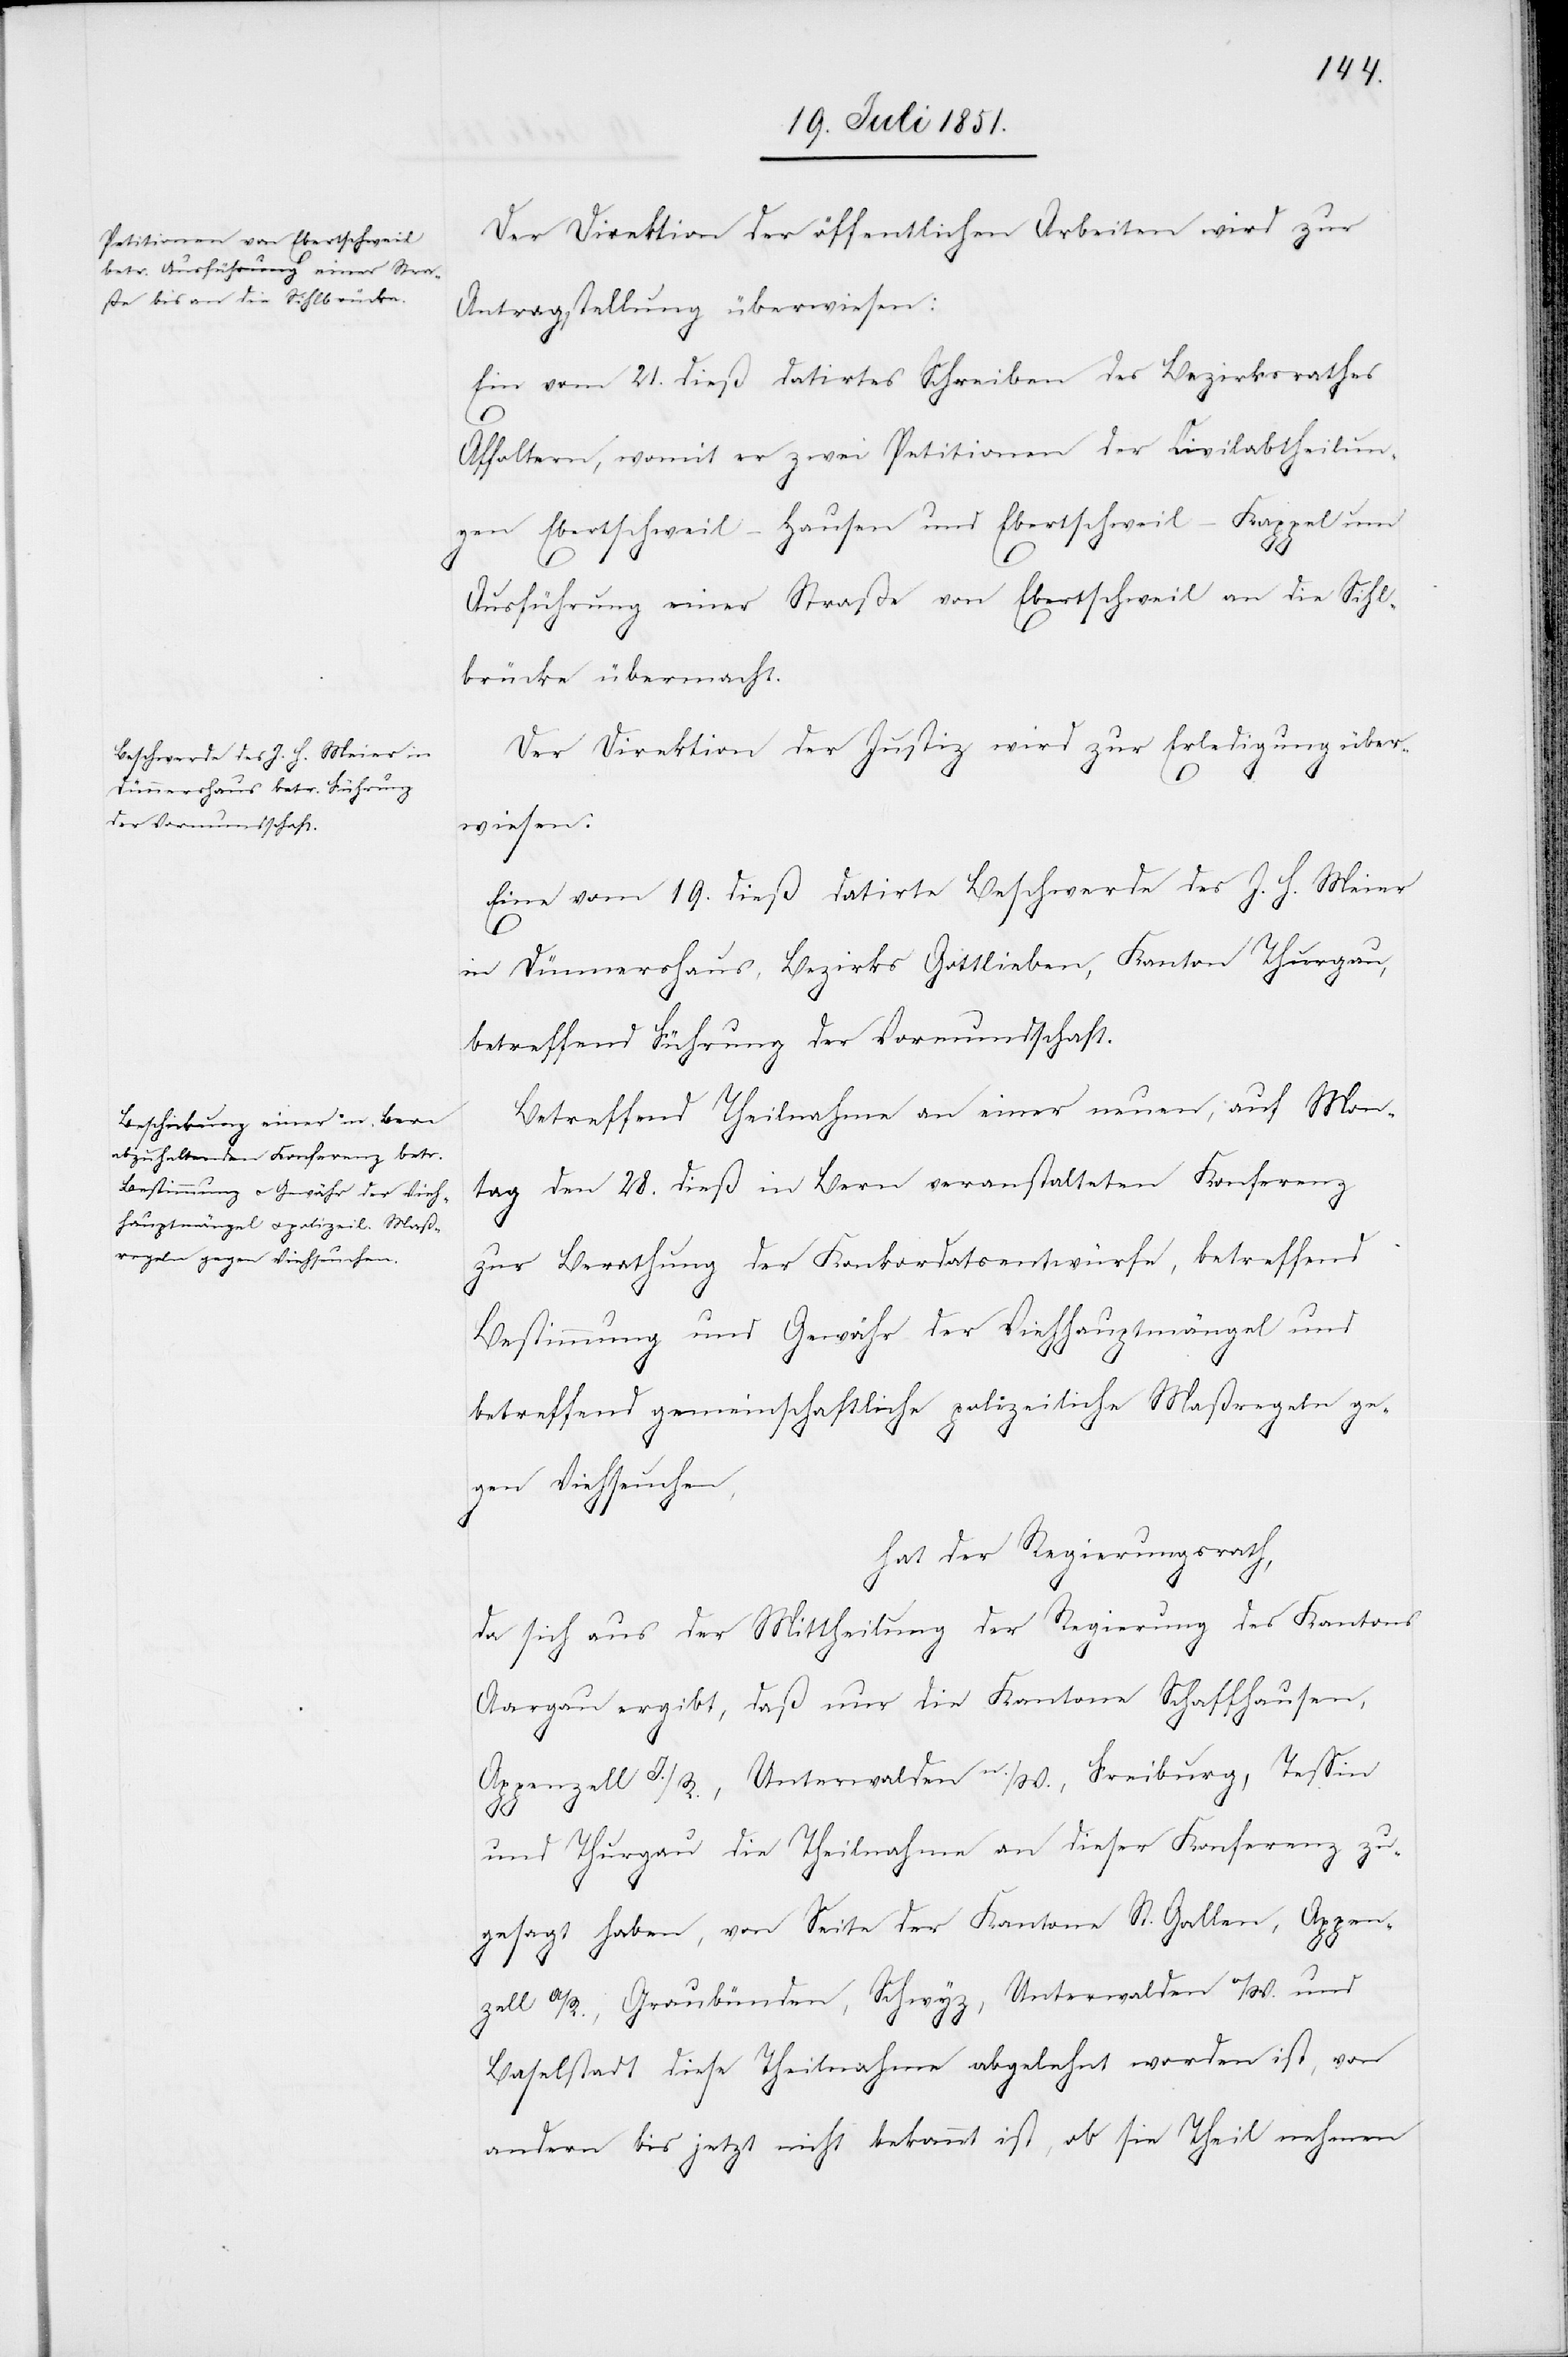
Der Direktion der öffentlichen Arbeiten wird zur
Antragstellung überwiesen:
Ein vom 21. dieß datirtes Schreiben des Bezirksrathes
Affoltern, womit er zwei Petitionen der Civilabtheilun¬
gen Ebertschweil-Hausen und Ebertschweil-Kappel um
Ausführung einer Straße von Ebertschweil an die Sihl¬
brücke übermacht.
Der Direktion der Justiz wird zur Erledigung über¬
wiesen:
Eine vom 19. dieß datirte Beschwerde des J. H. Meier
in Dünnershaus, Bezirks Gottlieben, Kanton Thurgau,
betreffend Führung der Vormundschaft.
Betreffend Theilnahme an einer neuen, auf Mon¬
tag den 28. dieß in Bern veranstalteten Konferenz
zur Berathung der Konkordatsentwürfe, betreffend
Bestimmung und Gewähr der Viehhauptmängel und
betreffend gemeinschaftliche polizeiliche Maßregeln ge¬
gen Viehseuchen,
hat der Regierungsrath,
da sich aus der Mittheilung der Regierung des Kantons
Aargau ergibt, daß nur die Kantone Schaffhausen,
Appenzell I./R., Unterwalden n./W., Freiburg, Tessin
25.
und Thurgau die Theilnahme an dieser Konferenz zu¬
gesagt haben, von Seite der Kantone St. Gallen, Appen¬
zell A/R., Graubünden, Schwyz, Unterwalden o/W. und
Baselstadt diese Theilnahme abgelehnt worden ist, von
andern bis jetzt nicht bekannt ist, ob sie Theil nehmen